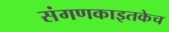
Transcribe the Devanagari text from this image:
संगणकाइतकेच